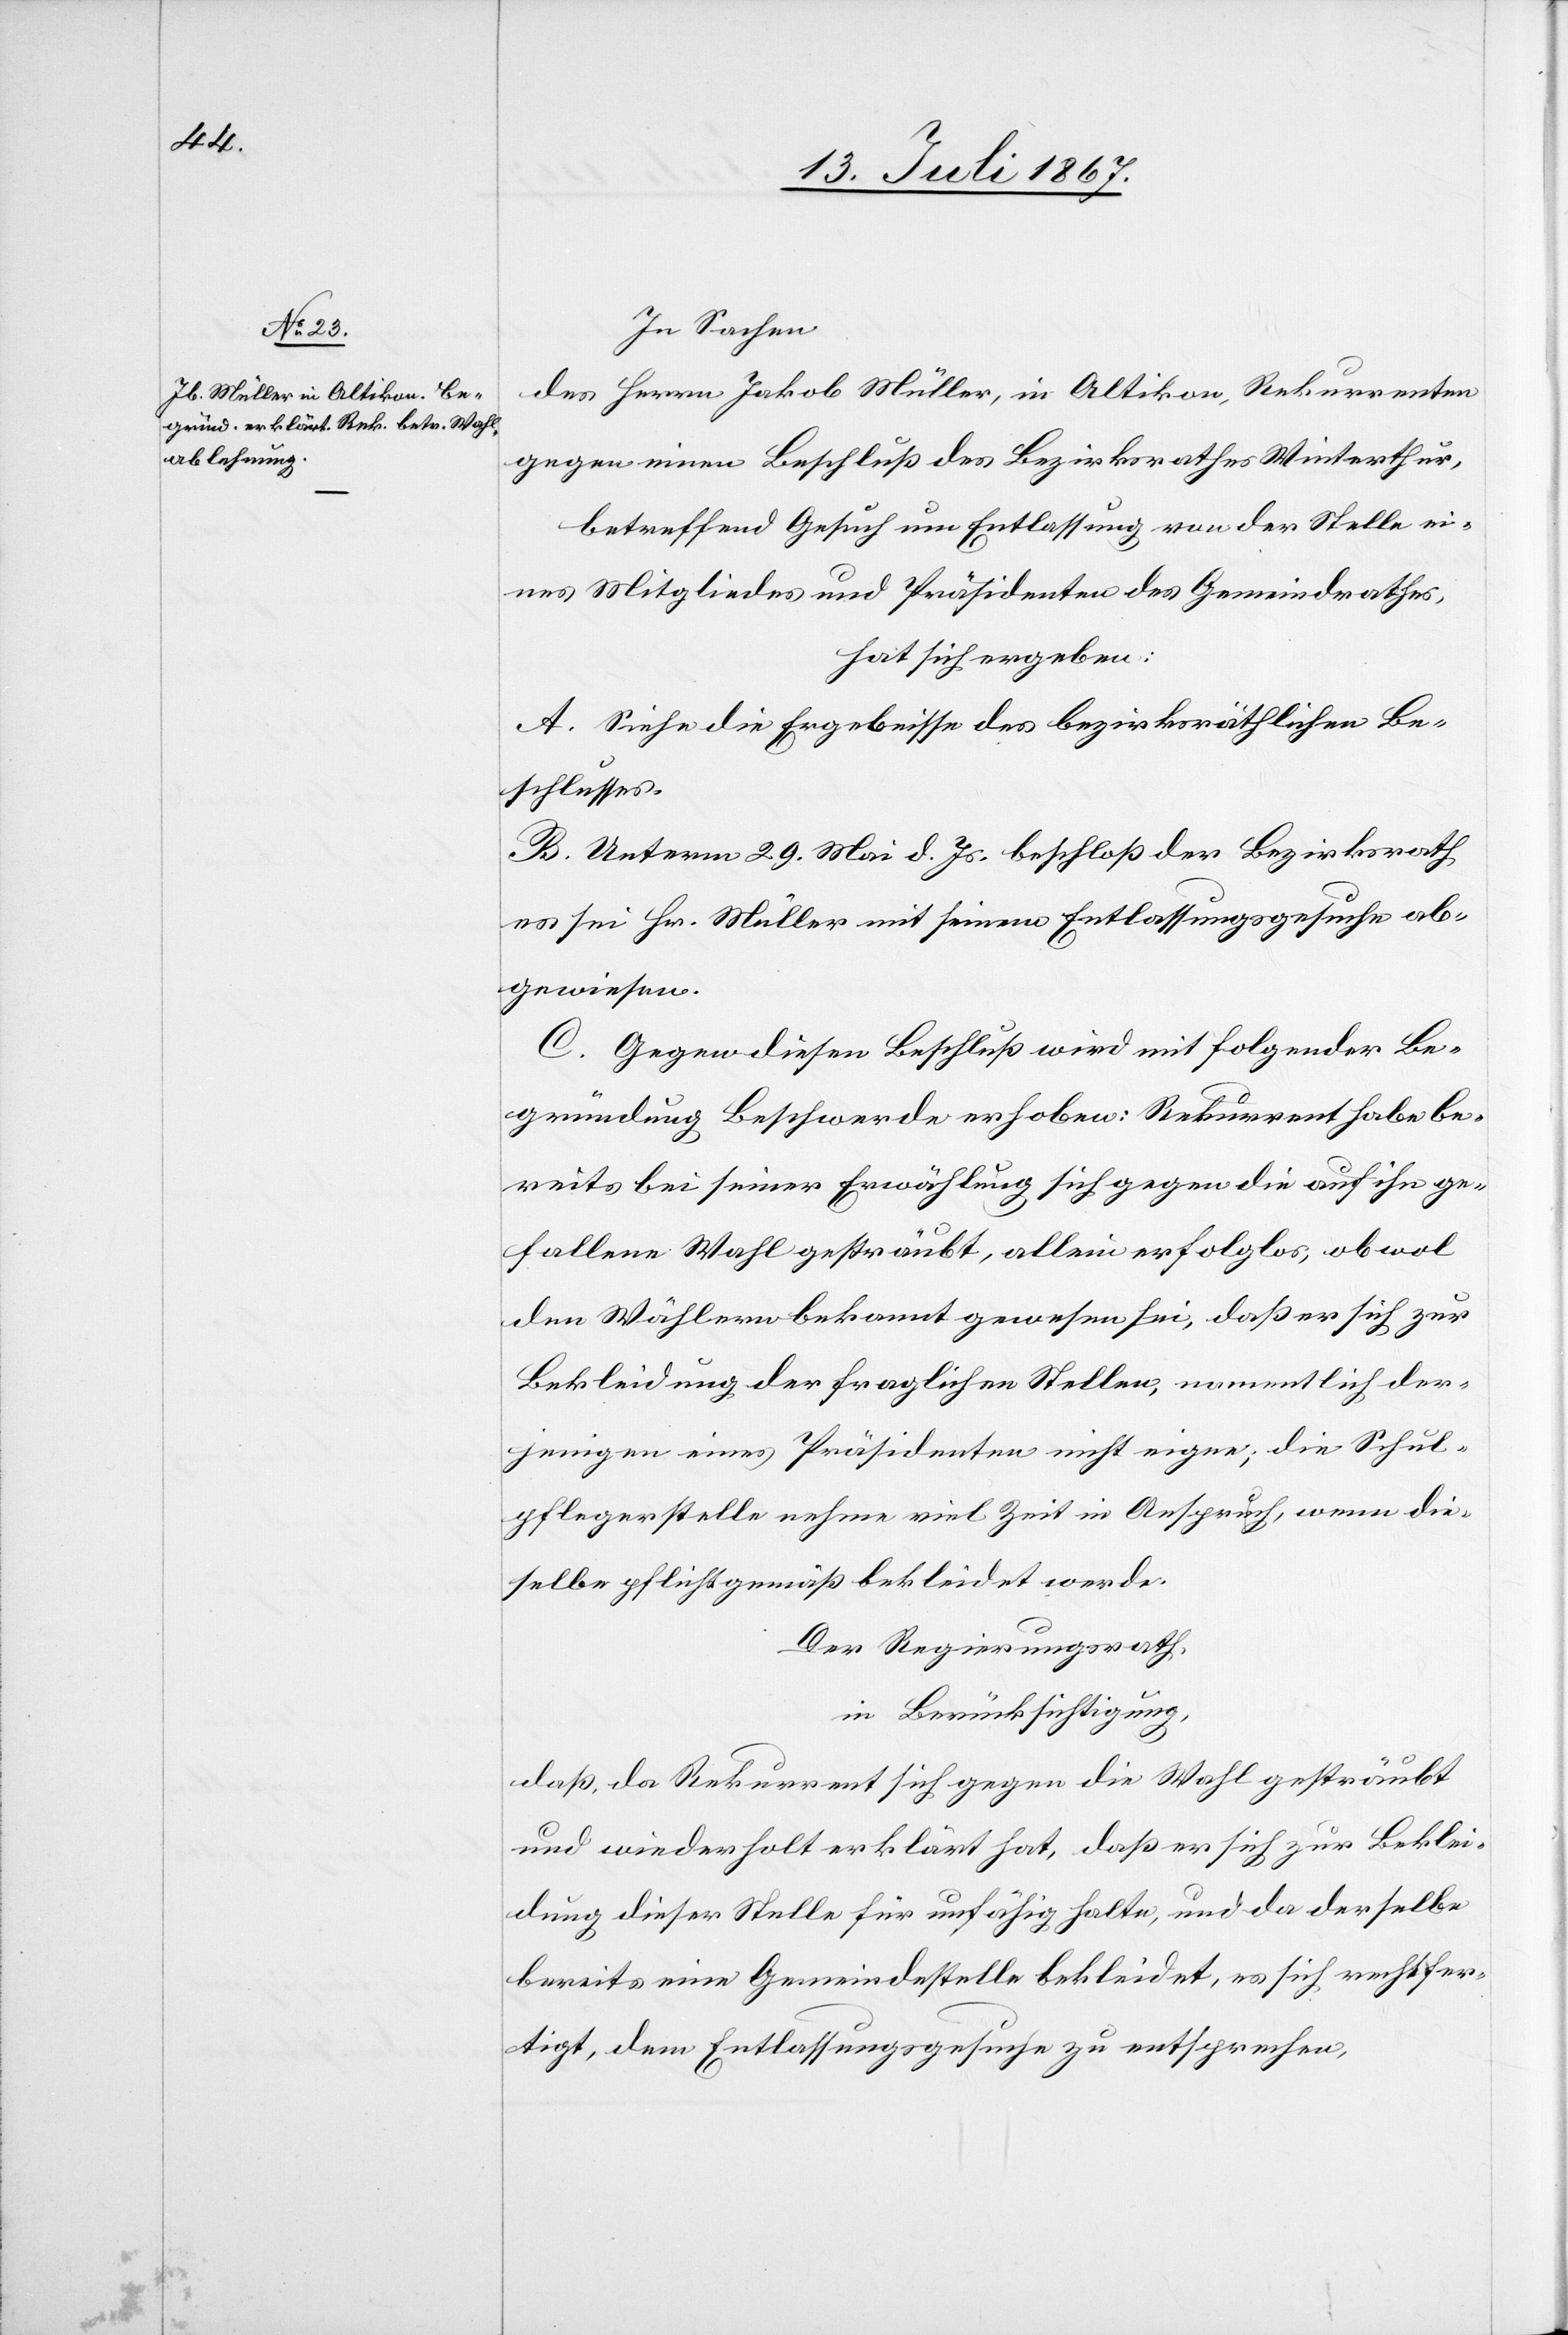
In Sachen
des Herrn Jakob Müller, in Altikon, Rekurrenten
gegen einen Beschluß des Bezirksrathes Winterthur,
betreffend Gesuch um Entlassung von der Stelle ei¬
nes Mitgliedes und Präsidenten des Gemeindrathes,
hat sich ergeben:
A. Siehe die Ergebnisse des bezirksräthlichen Be¬
schlusses.
B. Unterm 29. Mai d. Js. beschloß der Bezirksrath,
es sei Hr. Müller mit seinem Entlassungsgesuche ab¬
gewiesen.
C. Gegen diesen Beschluß wird mit folgender Be¬
gründung Beschwerde erhoben: Rekurrent habe be¬
reits bei seiner Erwählung sich gegen die auf ihn ge¬
fallene Wahl gesträubt, allein erfolglos, obwol
den Wählern bekannt gewesen sei, daß er sich zur
Bekleidung der fraglichen Stellen, namentlich der¬
jenigen eines Präsidenten nicht eigne; die Schul¬
pflegerstelle nehme viel Zeit in Anspruch, wenn die¬
selbe pflichtgemäß bekleidet werde.
Der Regierungsrath,
in Berücksichtigung:
daß, da Rekurrent sich gegen die Wahl gesträubt
und wiederholt erklärt hat, daß er sich zur Beklei¬
dung dieser Stelle für unfähig halte, und da derselbe
bereits eine Gemeindestelle bekleidet, es sich rechtfer¬
tigt, dem Entlassungsgesuch zu entsprechen,